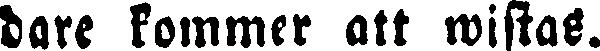
dare kommer att wistas.